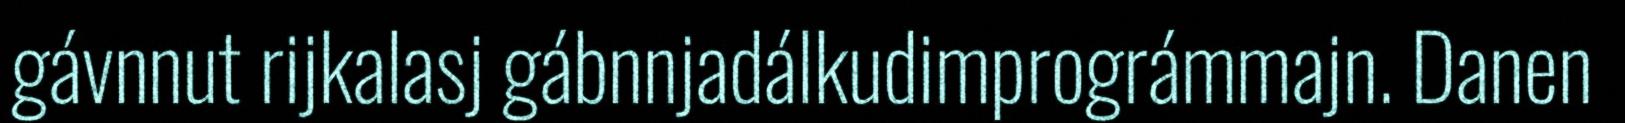
gávnnut rijkalasj gábnnjadálkudimprográmmajn. Danen